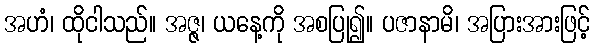
အဟံ၊ ထိုငါသည်။ အဇ္ဇ၊ ယနေ့ကို အစပြု၍။ ပဇာနာမိ၊ အပြားအားဖြင့်